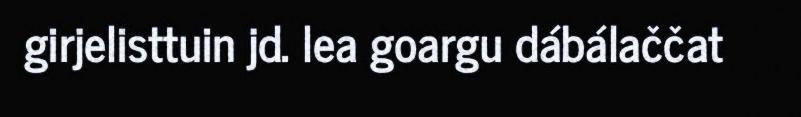
girjelisttuin jd. lea goargu dábálaččat